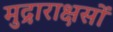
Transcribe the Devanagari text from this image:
मुद्राराक्षसों